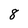
Character: 8